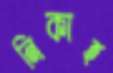
নিকাহ